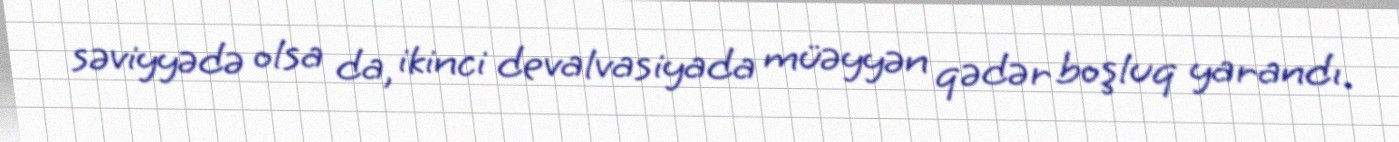
səviyyədə olsa da, ikinci devalvasiyada müəyyən qədər boşluq yarandı.